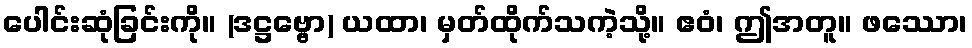
ပေါင်းဆုံခြင်းကို။ (ဒဋ္ဌဗ္ဗော) ယထာ၊ မှတ်ထိုက်သကဲ့သို့။ ဧဝံ၊ ဤအတူ။ ဖဿော၊